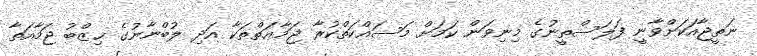
ނަތީޖާއަކަށްވާނީ ފަލަސްތީނުގެ މިނިވަން ކަމަށް މަސައްކަތްކުރާ ޖަމާޢަތްތަކާ އަދި ލުބްނާނުގެ ޙިޒްބު ޖަމާއަތާ